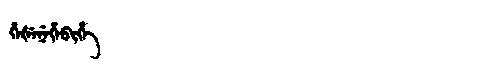
Manchu: ᡥᡝᡧᡝᠨᡝᡥᡝᠪᡳᡥᡝ
Romanization: HEŠENEHEBIHE